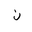
Letter: _non